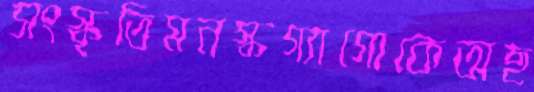
সংস্কৃতিমনস্কগ্যাগোকেঅছ